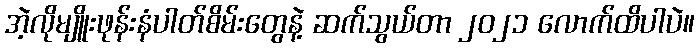
အဲ့လိုမျိူးဖုန်းနံပါတ်စိမ်းတွေနဲ့ ဆက်သွယ်တာ ၂၀၂၁ လောက်ထိပါပဲ။